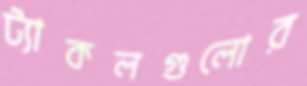
ট্যাকলগুলোর